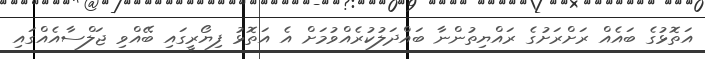
އަތޮޅުގެ ބައެއް ރަށްރަށުގެ ރައްޔިތުންނާ ބައްދަލުކުރެއްވުމަށް އެ އަތޮޅު ފިޔޯރީގައި ބޭއްވި ޖަލްސާއެއްގައި